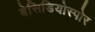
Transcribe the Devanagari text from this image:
बेसिडियोस्पोर